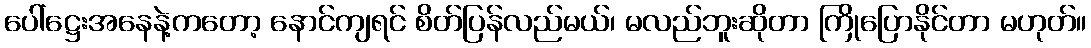
ပေါ်ဋ္ဌေးအနေနဲ့ကတော့ နောင်ကျရင် စိတ်ပြန်လည်မယ်၊ မလည်ဘူးဆိုတာ ကြိုပြောနိုင်တာ မဟုတ်။